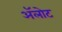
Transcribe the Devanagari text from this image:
ॲलोट